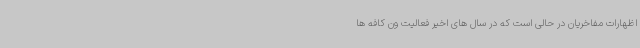
اظهارات مفاخریان در حالی است که در سال های اخیر فعالیت ون کافه ها